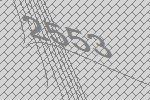
2553